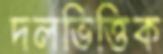
দলভিত্তিক